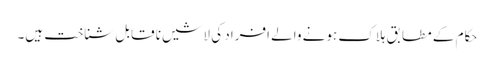
حکام کے مطابق ہلاک ہونے والے افراد کی لاشیں نا قابل شناخت ہیں۔